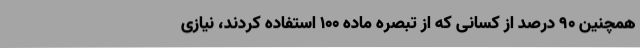
همچنین 90 درصد از کسانی که از تبصره ماده 100 استفاده کردند، نیازی